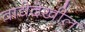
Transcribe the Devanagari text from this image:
वाद्येदेखील